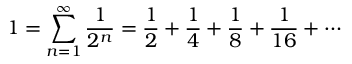
1 = \sum _ { n = 1 } ^ { \infty } { \frac { 1 } { 2 ^ { n } } } = { \frac { 1 } { 2 } } + { \frac { 1 } { 4 } } + { \frac { 1 } { 8 } } + { \frac { 1 } { 1 6 } } + \cdots